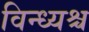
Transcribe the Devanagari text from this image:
विन्ध्यश्च